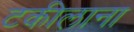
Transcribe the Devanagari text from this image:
टकीलाना